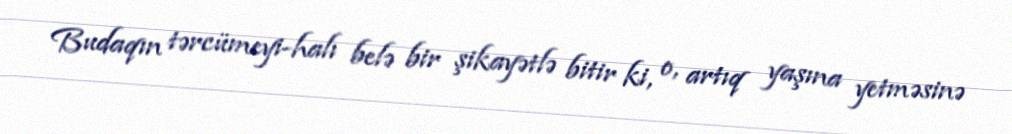
Budaqın tərcümeyi-halı belə bir şikayətlə bitir ki, o, artıq yaşına yetməsinə